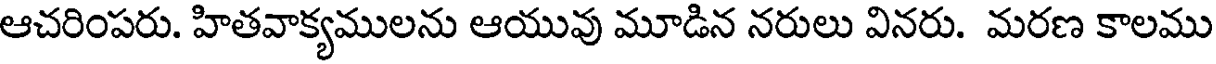
ఆచరింపరు. హితవాక్యములను ఆయువు మూడిన నరులు వినరు. మరణ కాలము